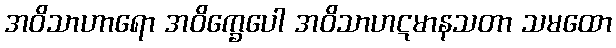
အဝိသာဟာရော အဝိက္ခေပေါ အဝိသာဟဋမာနသတာ သမထော